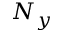
N _ { y }